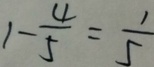
1 - \frac { 4 } { 5 } = \frac { 1 } { 5 }